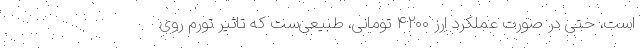
است، حتی در صورت عملکرد ارز ۴۲۰۰ تومانی، طبیعی‌ست که تاثیر تورم روی